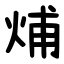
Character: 烳